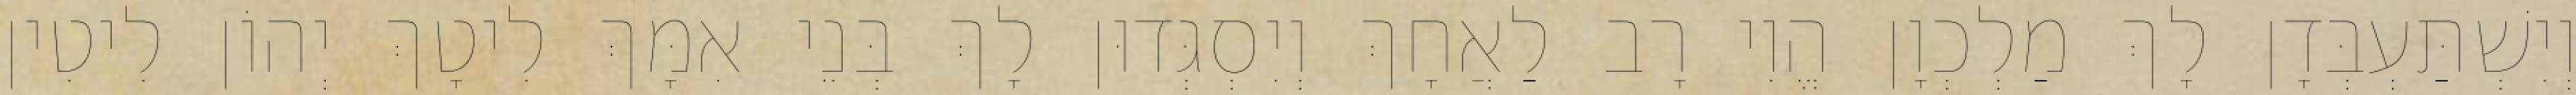
וְיִשְׁתַּעְבְּדָן לָךְ מַלְכְוָן הֱוִי רָב לַאֲחָךְ וְיִסְגְּדוּן לָךְ בְּנֵי אִמָּךְ לִיטָךְ יְהוֹן לִיטִין